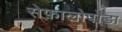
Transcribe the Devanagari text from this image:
सेफ़ालोपोडा